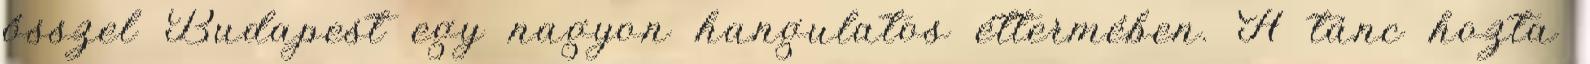
ősszel Budapest egy nagyon hangulatos éttermében. A tánc hozta